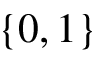
\{ 0 , 1 \}